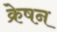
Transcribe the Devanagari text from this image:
क्रेषन